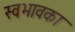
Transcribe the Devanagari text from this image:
स्वभावका